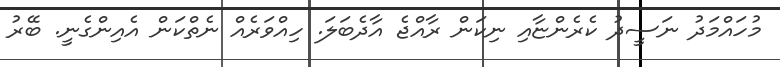
މުހައްމަދު ނަސީދު ކެރެންޏާއި ނިކަން ރާއްޖެ އާދެބަލަ. ހިއްވަރެއް ނެތްކަން އެއިންގެނީ. ބޭރު